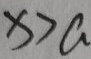
x > a